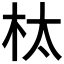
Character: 𮲬